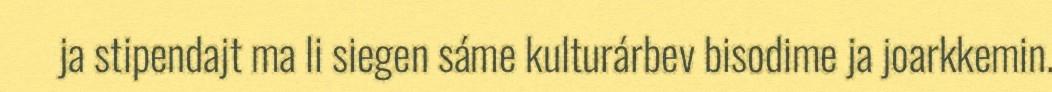
ja stipendajt ma li siegen sáme kulturárbev bisodime ja joarkkemin.